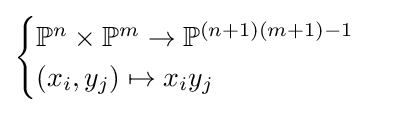
{\begin{cases}\mathbb {P} ^{n}\times \mathbb {P} ^{m}\to \mathbb {P} ^{(n+1)(m+1)-1}\\(x_{i},y_{j})\mapsto x_{i}y_{j}\end{cases}}